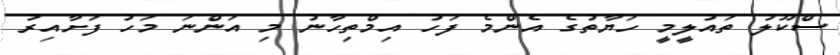
ސްކޫލު ތައުލީމީ ހަޔާތުގެ އެންމެ ފަހު އިމްތިހާނު މި އަންނަ މަހު ފަށާއިރު